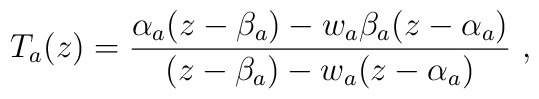
T_a(z)=\frac{\alpha _a(z-\beta _a)-w_a \beta _a(z-\alpha _a)}{(z -\beta _a)-w_a(z-\alpha _a)}\ ,